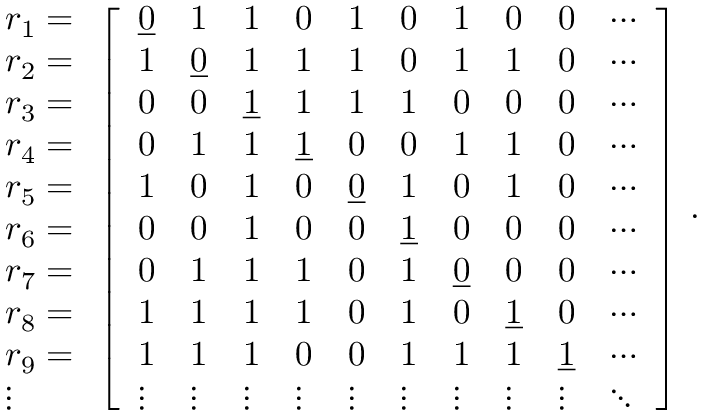
\begin{array} { l } { r _ { 1 } = } \\ { r _ { 2 } = } \\ { r _ { 3 } = } \\ { r _ { 4 } = } \\ { r _ { 5 } = } \\ { r _ { 6 } = } \\ { r _ { 7 } = } \\ { r _ { 8 } = } \\ { r _ { 9 } = } \\ { \vdots } \end{array} \left[ \begin{array} { l l l l l l l l l l } { \underline { { 0 } } } & { 1 } & { 1 } & { 0 } & { 1 } & { 0 } & { 1 } & { 0 } & { 0 } & { \cdots } \\ { 1 } & { \underline { { 0 } } } & { 1 } & { 1 } & { 1 } & { 0 } & { 1 } & { 1 } & { 0 } & { \cdots } \\ { 0 } & { 0 } & { \underline { { 1 } } } & { 1 } & { 1 } & { 1 } & { 0 } & { 0 } & { 0 } & { \cdots } \\ { 0 } & { 1 } & { 1 } & { \underline { { 1 } } } & { 0 } & { 0 } & { 1 } & { 1 } & { 0 } & { \cdots } \\ { 1 } & { 0 } & { 1 } & { 0 } & { \underline { { 0 } } } & { 1 } & { 0 } & { 1 } & { 0 } & { \cdots } \\ { 0 } & { 0 } & { 1 } & { 0 } & { 0 } & { \underline { { 1 } } } & { 0 } & { 0 } & { 0 } & { \cdots } \\ { 0 } & { 1 } & { 1 } & { 1 } & { 0 } & { 1 } & { \underline { { 0 } } } & { 0 } & { 0 } & { \cdots } \\ { 1 } & { 1 } & { 1 } & { 1 } & { 0 } & { 1 } & { 0 } & { \underline { { 1 } } } & { 0 } & { \cdots } \\ { 1 } & { 1 } & { 1 } & { 0 } & { 0 } & { 1 } & { 1 } & { 1 } & { \underline { { 1 } } } & { \cdots } \\ { \vdots } & { \vdots } & { \vdots } & { \vdots } & { \vdots } & { \vdots } & { \vdots } & { \vdots } & { \vdots } & { \ddots } \end{array} \right] \, .